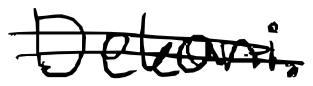
Text: Dekani.
Cross-out: mix
Writing tool: digital_black